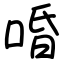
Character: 㖧